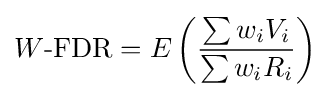
W{\text{-FDR}}=E\left({\frac {\sum w_{i}V_{i}}{\sum w_{i}R_{i}}}\right)